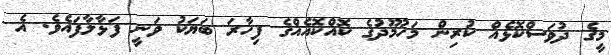
މީގެ ދުވަސްކޮޅެއް ކުރިން މަހުމޫދުގެ ކޮއްކޮއެއްގެ ފިހާރަ ބަޔަކު ވަނީ ފަޅާލާފައެވެ. އެ